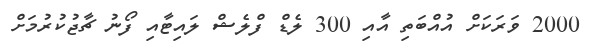
2000 ވަރަކަށް އުއްބަތި އާއި 300 ލެޑް ފްލެޝް ލައިޓާއި ފޯނު ޗާޖުކުރުމަށް